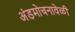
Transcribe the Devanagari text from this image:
अंडमोचनावेळी